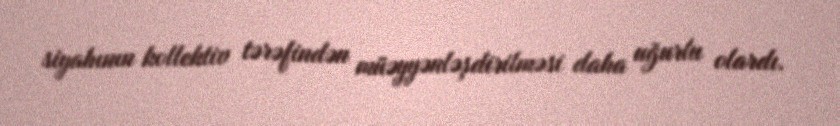
siyahının kollektiv tərəfindən müəyyənləşdirilməsi daha uğurlu olardı.